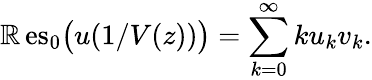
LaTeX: \operatorname{\mathbb{R}es}_{0}{\big(}u(1/V(z)){\big)}=\sum_{k=0}^{\infty}ku_{k}v_{k}.